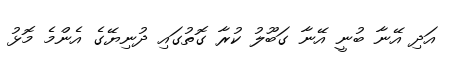
އަދި އޭނާ ބުނީ އޭނާ ގަބޫލު ކުރާ ގޮތުގައި ދުނިޔޭގެ އެންމެ މޮޅު